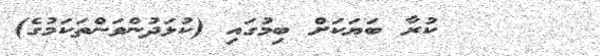
٢٠      ކުރާ ބަޔަކަށް ބިމުގައި (ކުޅަދުންވަންތަކަމުގެ)